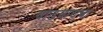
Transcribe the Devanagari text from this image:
वाढवायचा